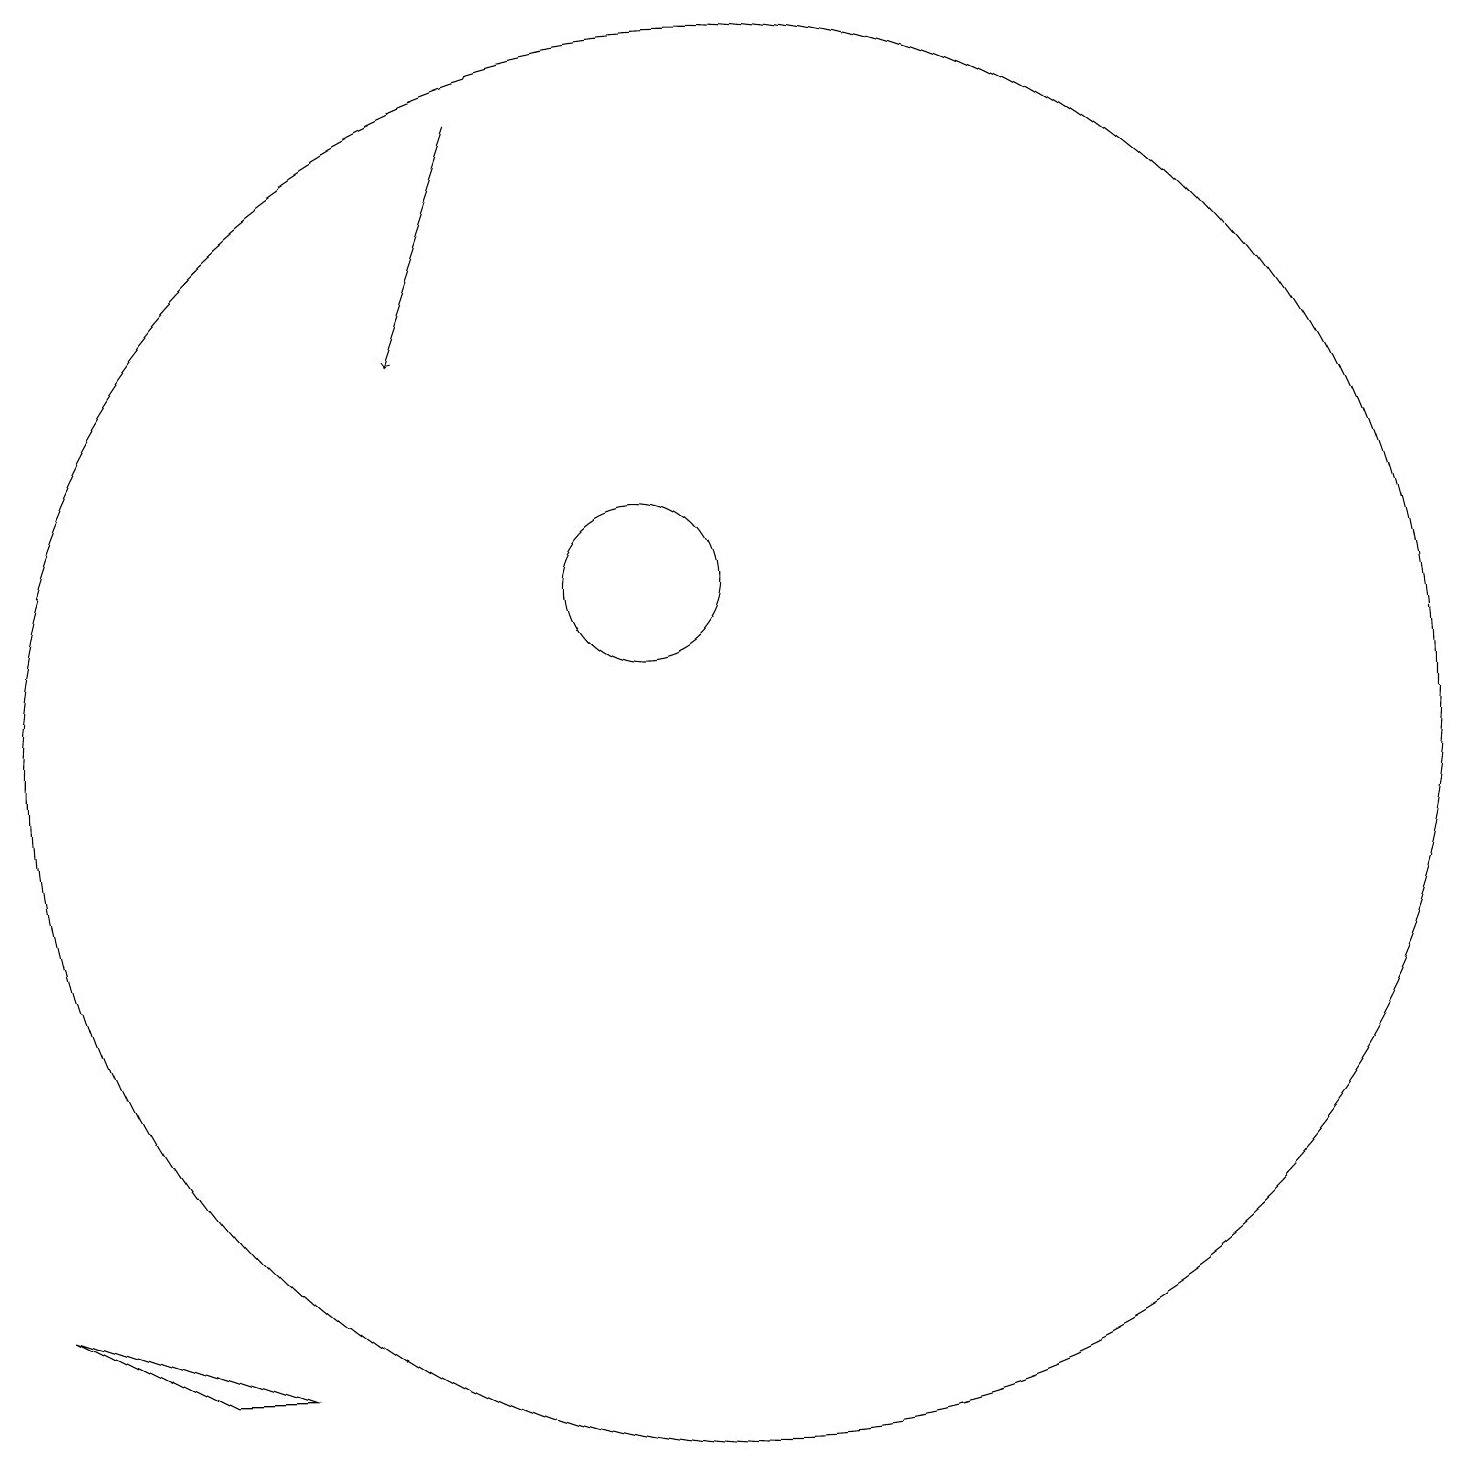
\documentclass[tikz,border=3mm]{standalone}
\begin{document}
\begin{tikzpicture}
\draw (11,10) circle (9);
\draw[->] (8,18) -- (7,15);
\draw (2,3) -- (5,2) -- (4,2) -- cycle;
\draw (10,12) circle (1);
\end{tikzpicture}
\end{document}